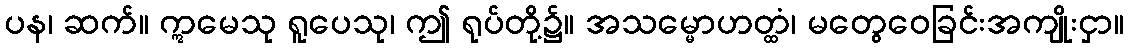
ပန၊ ဆက်။ ဣမေသု ရူပေသု၊ ဤ ရုပ်တို့၌။ အသမ္မောဟတ္ထံ၊ မတွေဝေခြင်းအကျိုးငှာ။